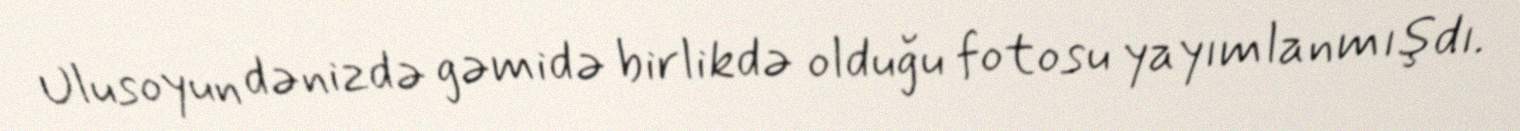
Ulusoyun dənizdə gəmidə birlikdə olduğu fotosu yayımlanmışdı.